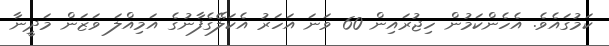
ކަމުގައެވެ. އެހެންކަމުން ހިޖުރައިން 60 ވަނަ އަހަރު އެކަލޭގެފާނުގެ އަމިއްލަ ވަޒަން މަދީނާ